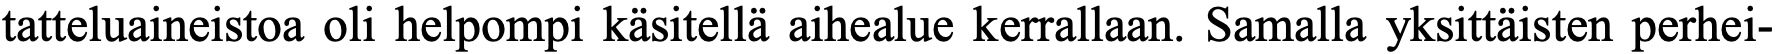
tatteluaineistoa oli helpompi käsitellä aihealue kerrallaan. Samalla yksittäisten perhei-